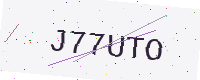
Text: J77UTO